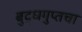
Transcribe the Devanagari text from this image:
बुद्धगुप्तचा